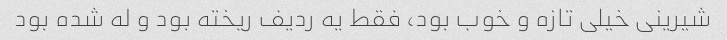
شیرینی خیلی تازه و خوب بود، فقط یه ردیف ریخته بود و له شده بود